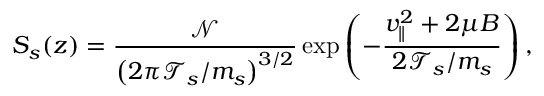
S _ { s } ( z ) = \frac { \mathcal { N } } { \left( 2 \pi \mathcal { T } _ { s } / m _ { s } \right) ^ { 3 / 2 } } \exp \left( - \frac { v _ { \parallel } ^ { 2 } + 2 \mu B } { 2 \mathcal { T } _ { s } / m _ { s } } \right) ,